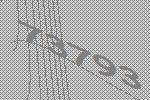
73793